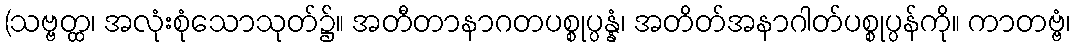
(သဗ္ဗတ္ထ၊ အလုံးစုံသောသုတ်၌။ အတီတာနာဂတပစ္စုပ္ပန္နံ၊ အတိတ်အနာဂါတ်ပစ္စုပ္ပန်ကို။ ကာတဗ္ဗံ၊